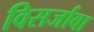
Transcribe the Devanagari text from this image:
विसर्जावा